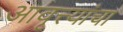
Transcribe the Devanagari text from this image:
आवृत्त्यांचा